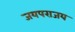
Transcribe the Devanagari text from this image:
जयपराजय